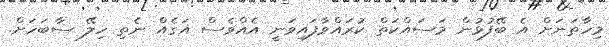
މިހާތަނަށް އެ ބޭފުޅުން މަސައްކަތް ކުރައްވާފައިވަނީ އެއްވެސް އަގެއް ނެތި ހިލޭ ސާބަހަށް.